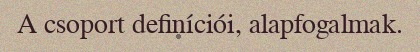
A csoport definíciói, alapfogalmak.